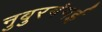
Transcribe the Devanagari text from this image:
नुबुरगंगई